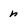
Character: n